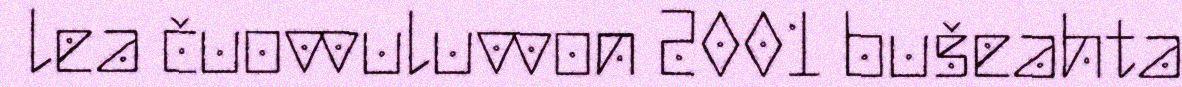
lea čuovvuluvvon 2001 bušeahta